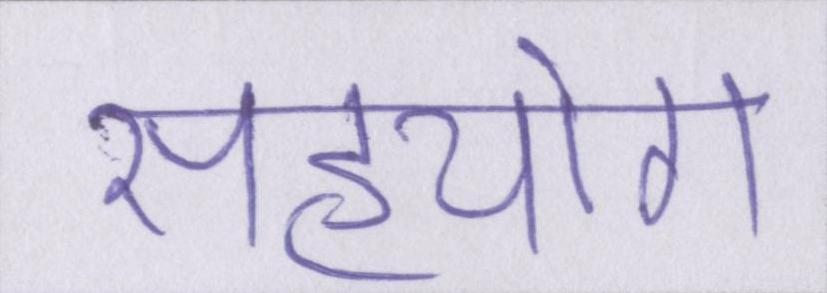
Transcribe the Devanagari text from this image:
सहयोग